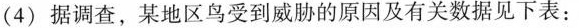
(4)据调查，某地区鸟受到威胁的原因及有关数据见下表：